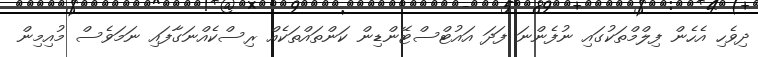
ދިވެހި އެހެން ފިލްމްތަކުގައި ނުފެންނަ ފަދަ އައުޓްސްޓޭންޑިން ކަންތައްތަކެއް ރިސްކެއްނަގާފައި ނަމަވެސް މުއިމިން